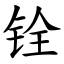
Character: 铨